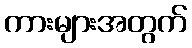
ကားများအတွက်